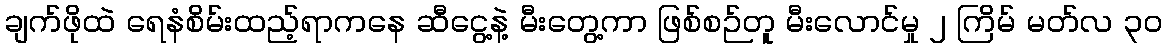
ချက်ဖိုထဲ ရေနံစိမ်းထည့်ရာကနေ ဆီငွေ့နဲ့ မီးတွေ့ကာ ဖြစ်စဉ်တူ မီးလောင်မှု ၂ ကြိမ် မတ်လ ၃၀